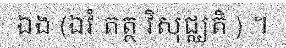
ឯង (ឯវំ តត្ថ វិសុជ្ឈតិ ) ។